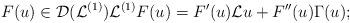
LaTeX: \begin{align*}F(u)\in \mathcal{D}(\mathcal{L}^{(1)})\mathcal{L}^{(1)}F(u)=F'(u)\mathcal{L}u+F''(u)\Gamma(u);\end{align*}